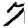
Digit: 7